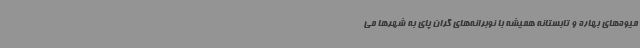
میوه‌های بهاره و تابستانه همیشه با نوبرانه‌های گران پای به شهرها می